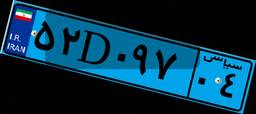
۹۱D۹۱۹۳۲